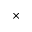
\times